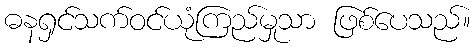
ဓနရှင်သက်ဝင်ယုံကြည်မှုသာ ဖြစ်ပေသည်။